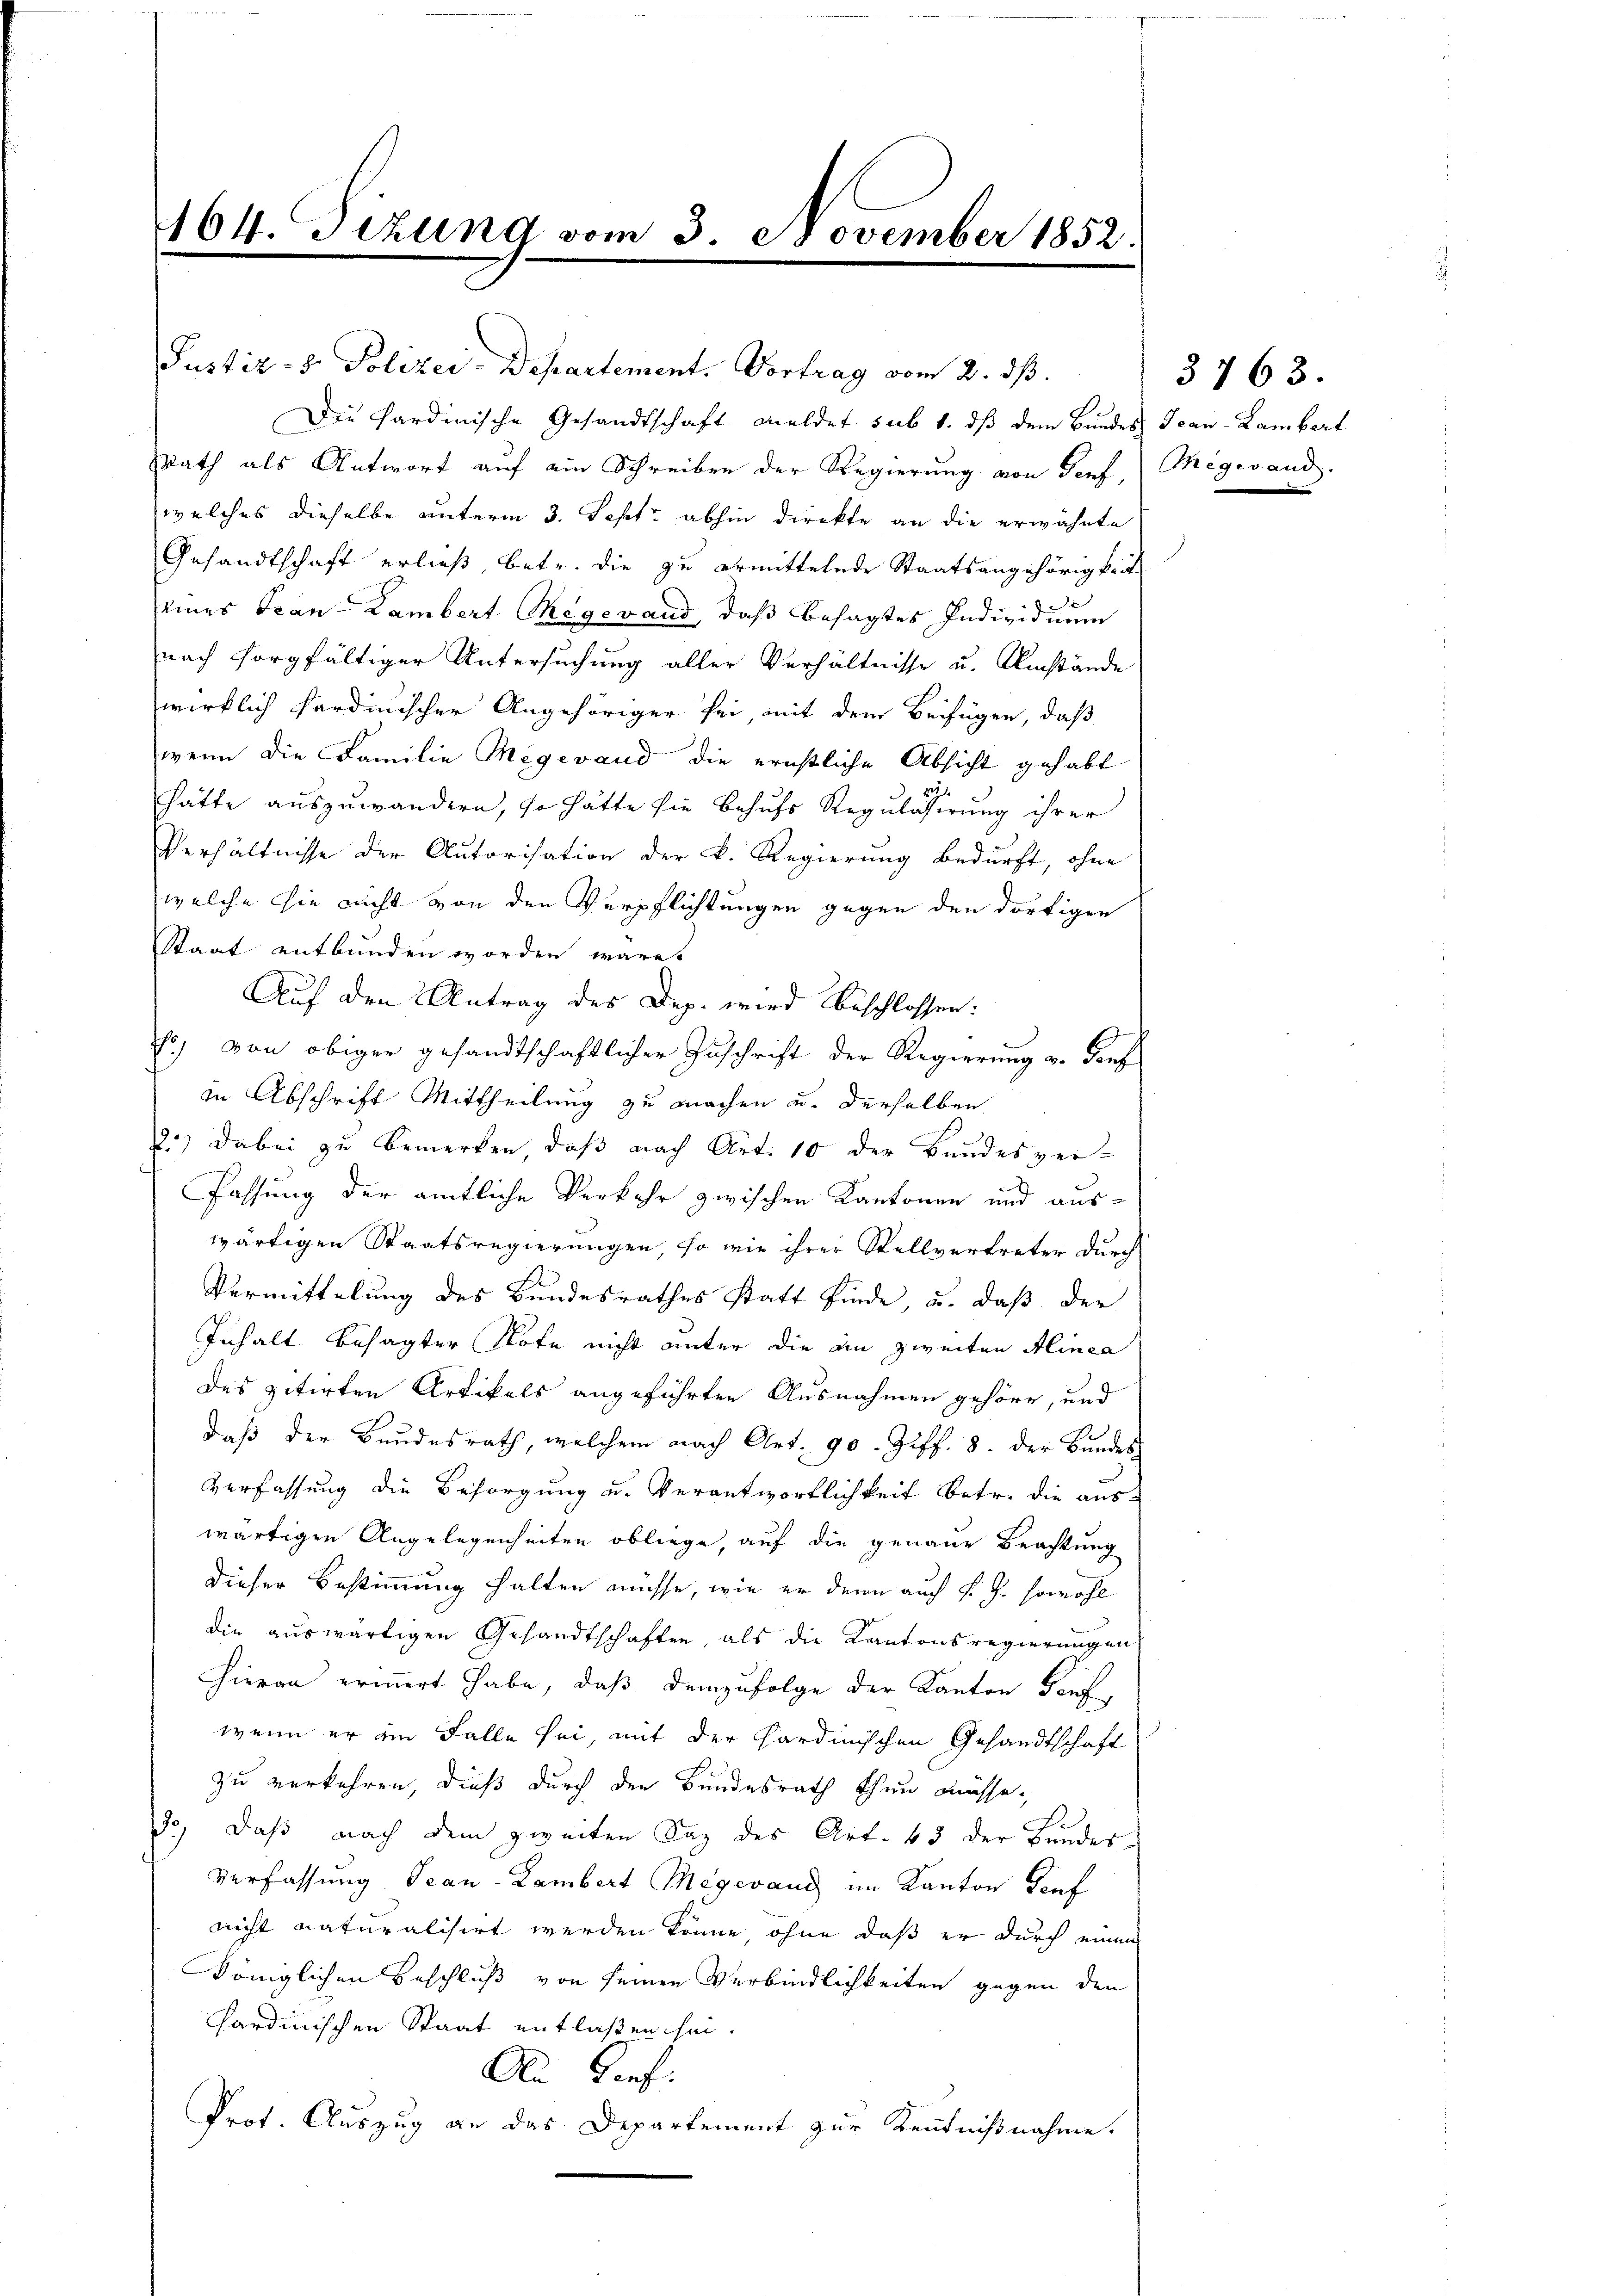
464. Sizung vom 3. November 1852:

Justiz- & Polizei-Departement. Vortrag vom 2. dß.
c
Die Sardinische Gesandtschaft meldet sub 1. dß dem Bundes Joan-Lambert
srath als Antwort auf ein Schreiben der Regierung von Genf, Megevand.
welches dieselbe unterm 3. Sept. abhin direkte an die erwähnte
Gesandtschaft erließ betr. die zu ermittelnde Staatsangehörigkeit
eines Fran- Lambert Megewand, daß besagtes Individuum
nach sorgfältiger Untersuchung aller Verhältnisse u. Umstände
wirklich fardinischer Angehöriger sei, mit dem Beifügen, daß
wenn die Familie Megevand die ernstliche Absicht gehabt
hätte auszuwandern, so hätte sie behufs Regulassirung ihrer
Verhältnisse der Autorisation der k. Regierung bedurft, ohne
welche sie nicht von den Verpflichtungen gegen den dortigen
Staat entbunden worden wäre.
Auf den Antrag des Dep. wird beschlossen:
Er) von obiger gesandtschaftlicher Zuschrift der Regierung u. dorf
in Abschrift Mittheilung zu machen u. derselben
1.) Dabei zu bemerken, daß nach Art. 10 der Bundesver¬
Fassung der amtliche Verkehr zwischen Kantonen und auswärtigen Staatsregierungen, so wie ihrer Stellvertreter durch
Vermittelung des Bundesrathes statt finde, u. daß der
Inhalt besagter Note nicht unter die an zweiten Alinea
des zitirten Artikels angeführten Ausnahmen gehöre, und
daß der Bundesrath, welchem nach Art. 90. Ziff. 8. der Bundes
Verfassung die Besorgung u. Verantwortlichkeit betr. die auswärtigen Angelegenheiten obliege, auf die genaue Beachtung
dieser Bestimmung halten müsse, wie er denn auch d. J. sowohl
die auswärtigen Gesandtschaften, als die Kantonsregierungen
Hieran erinnert habe, daß demzufolge der Kanton Genf,
wenn er im Falle sei, mit der Hardinischen Gesandtschaft
zu verkehren, dieß durch den Bundesrath thun müsse,
3., daß nach dem zweiten Saz des Art. 43 der Bundes
Verfassung Jean - Lambert Megevaux im Kanton Tief
nicht naturalisirt werden könne ohne daß er durch einen
königlichen Beschluß von seinen Verbindlichkeiten gegen den
Sardinischen Staat entlaßen sei.
An Torf:
Prot. Auszug an das Departement zur Kenntnißnahme.

3763.